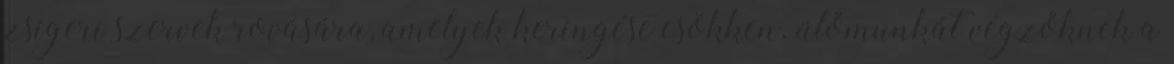
zsigeri szervek rovására, amelyek keringése csökken. ülőmunkát végzőknek a